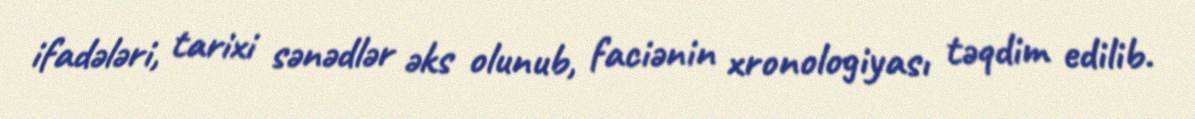
ifadələri, tarixi sənədlər əks olunub, faciənin xronologiyası təqdim edilib.